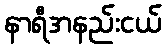
နာရီအနည်းငယ်